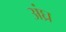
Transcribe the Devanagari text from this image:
अंघ्र